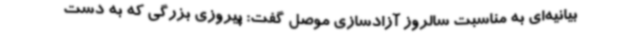
بیانیه‌ای به مناسبت سالروز آزادسازی موصل گفت: پیروزی بزرگی که به دست